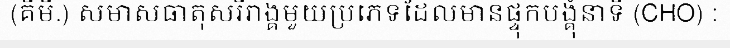
(គីមី.) សមាសធាតុសរីរាង្គមួយប្រភេទដែលមានផ្ទុកបង្គុំនាទី (CHO) :